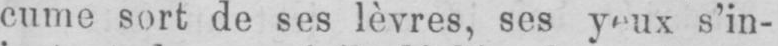
s’in-